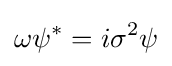
\omega \psi ^{*}=i\sigma ^{2}\psi